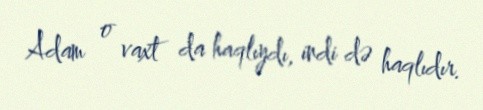
Adam o vaxt da haqlıydı, indi də haqlıdır.